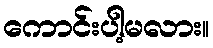
ကောင်းပါ့မလား။